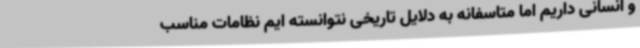
و انسانی داریم اما متاسفانه به دلایل تاریخی نتوانسته ایم نظامات مناسب